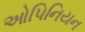
ઓપિનિયન